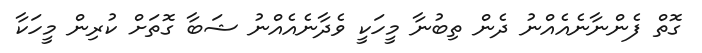
ގޮތް ފެންނާނެއެއްނު ދެން ތިބުނާ މީހަކީ ވެދާނެއެއްނު ޝަބާ ގޮތަށް ކުރިން މީހަކާ